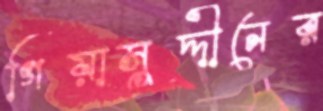
গিয়াসুদ্দীনের